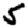
Digit: 5